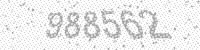
Solution: 988562